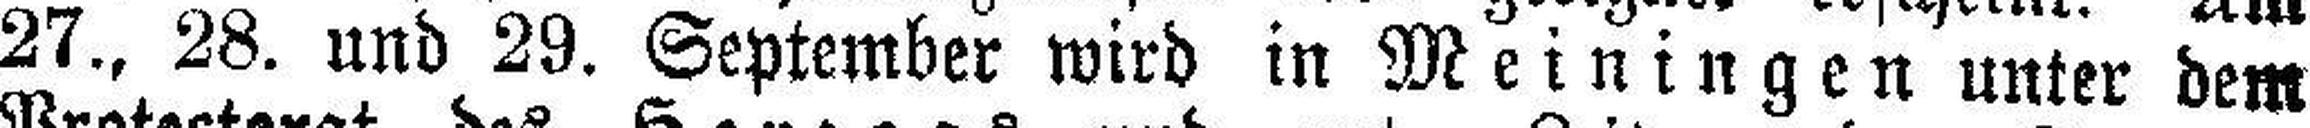
27., 28. und 29. September wird in Meiningen unter dem